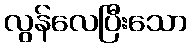
လွန်လေပြီးသော